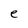
Character: e